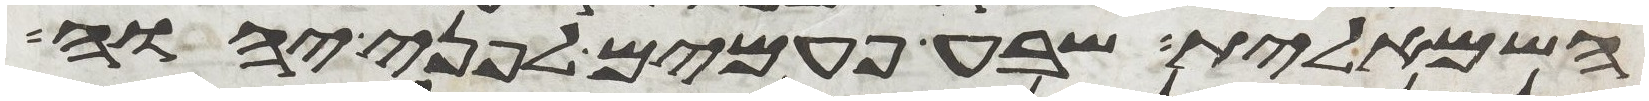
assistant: השמאלית שבע פעמים לפני יהוה